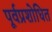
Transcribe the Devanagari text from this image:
पूर्वप्रशोधित